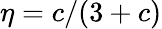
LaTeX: \eta=c/(3+c)